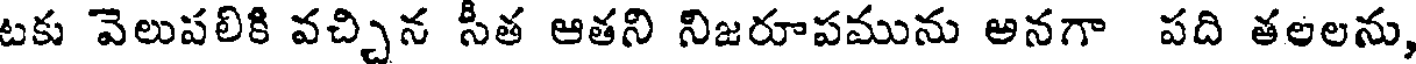
టకు వెలుపలికి వచ్చిన సీత ఆతని నిజరూపమును అనగా పది తలలను,